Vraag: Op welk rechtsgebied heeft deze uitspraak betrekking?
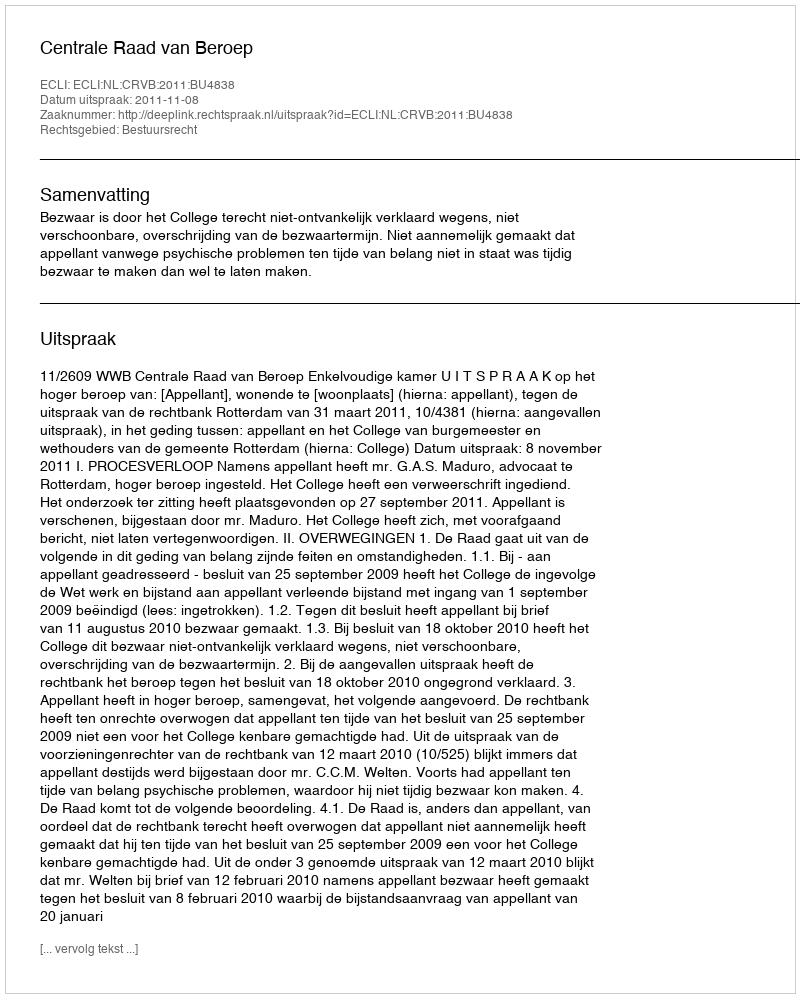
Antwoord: Bestuursrecht